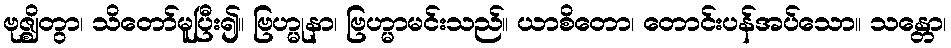
ဗုဇ္ဈိတွာ၊ သိတော်မူပြီး၍။ ဗြဟ္မုနာ၊ ဗြဟ္မာမင်းသည်။ ယာစိတော၊ တောင်းပန်အပ်သော။ သန္တော၊